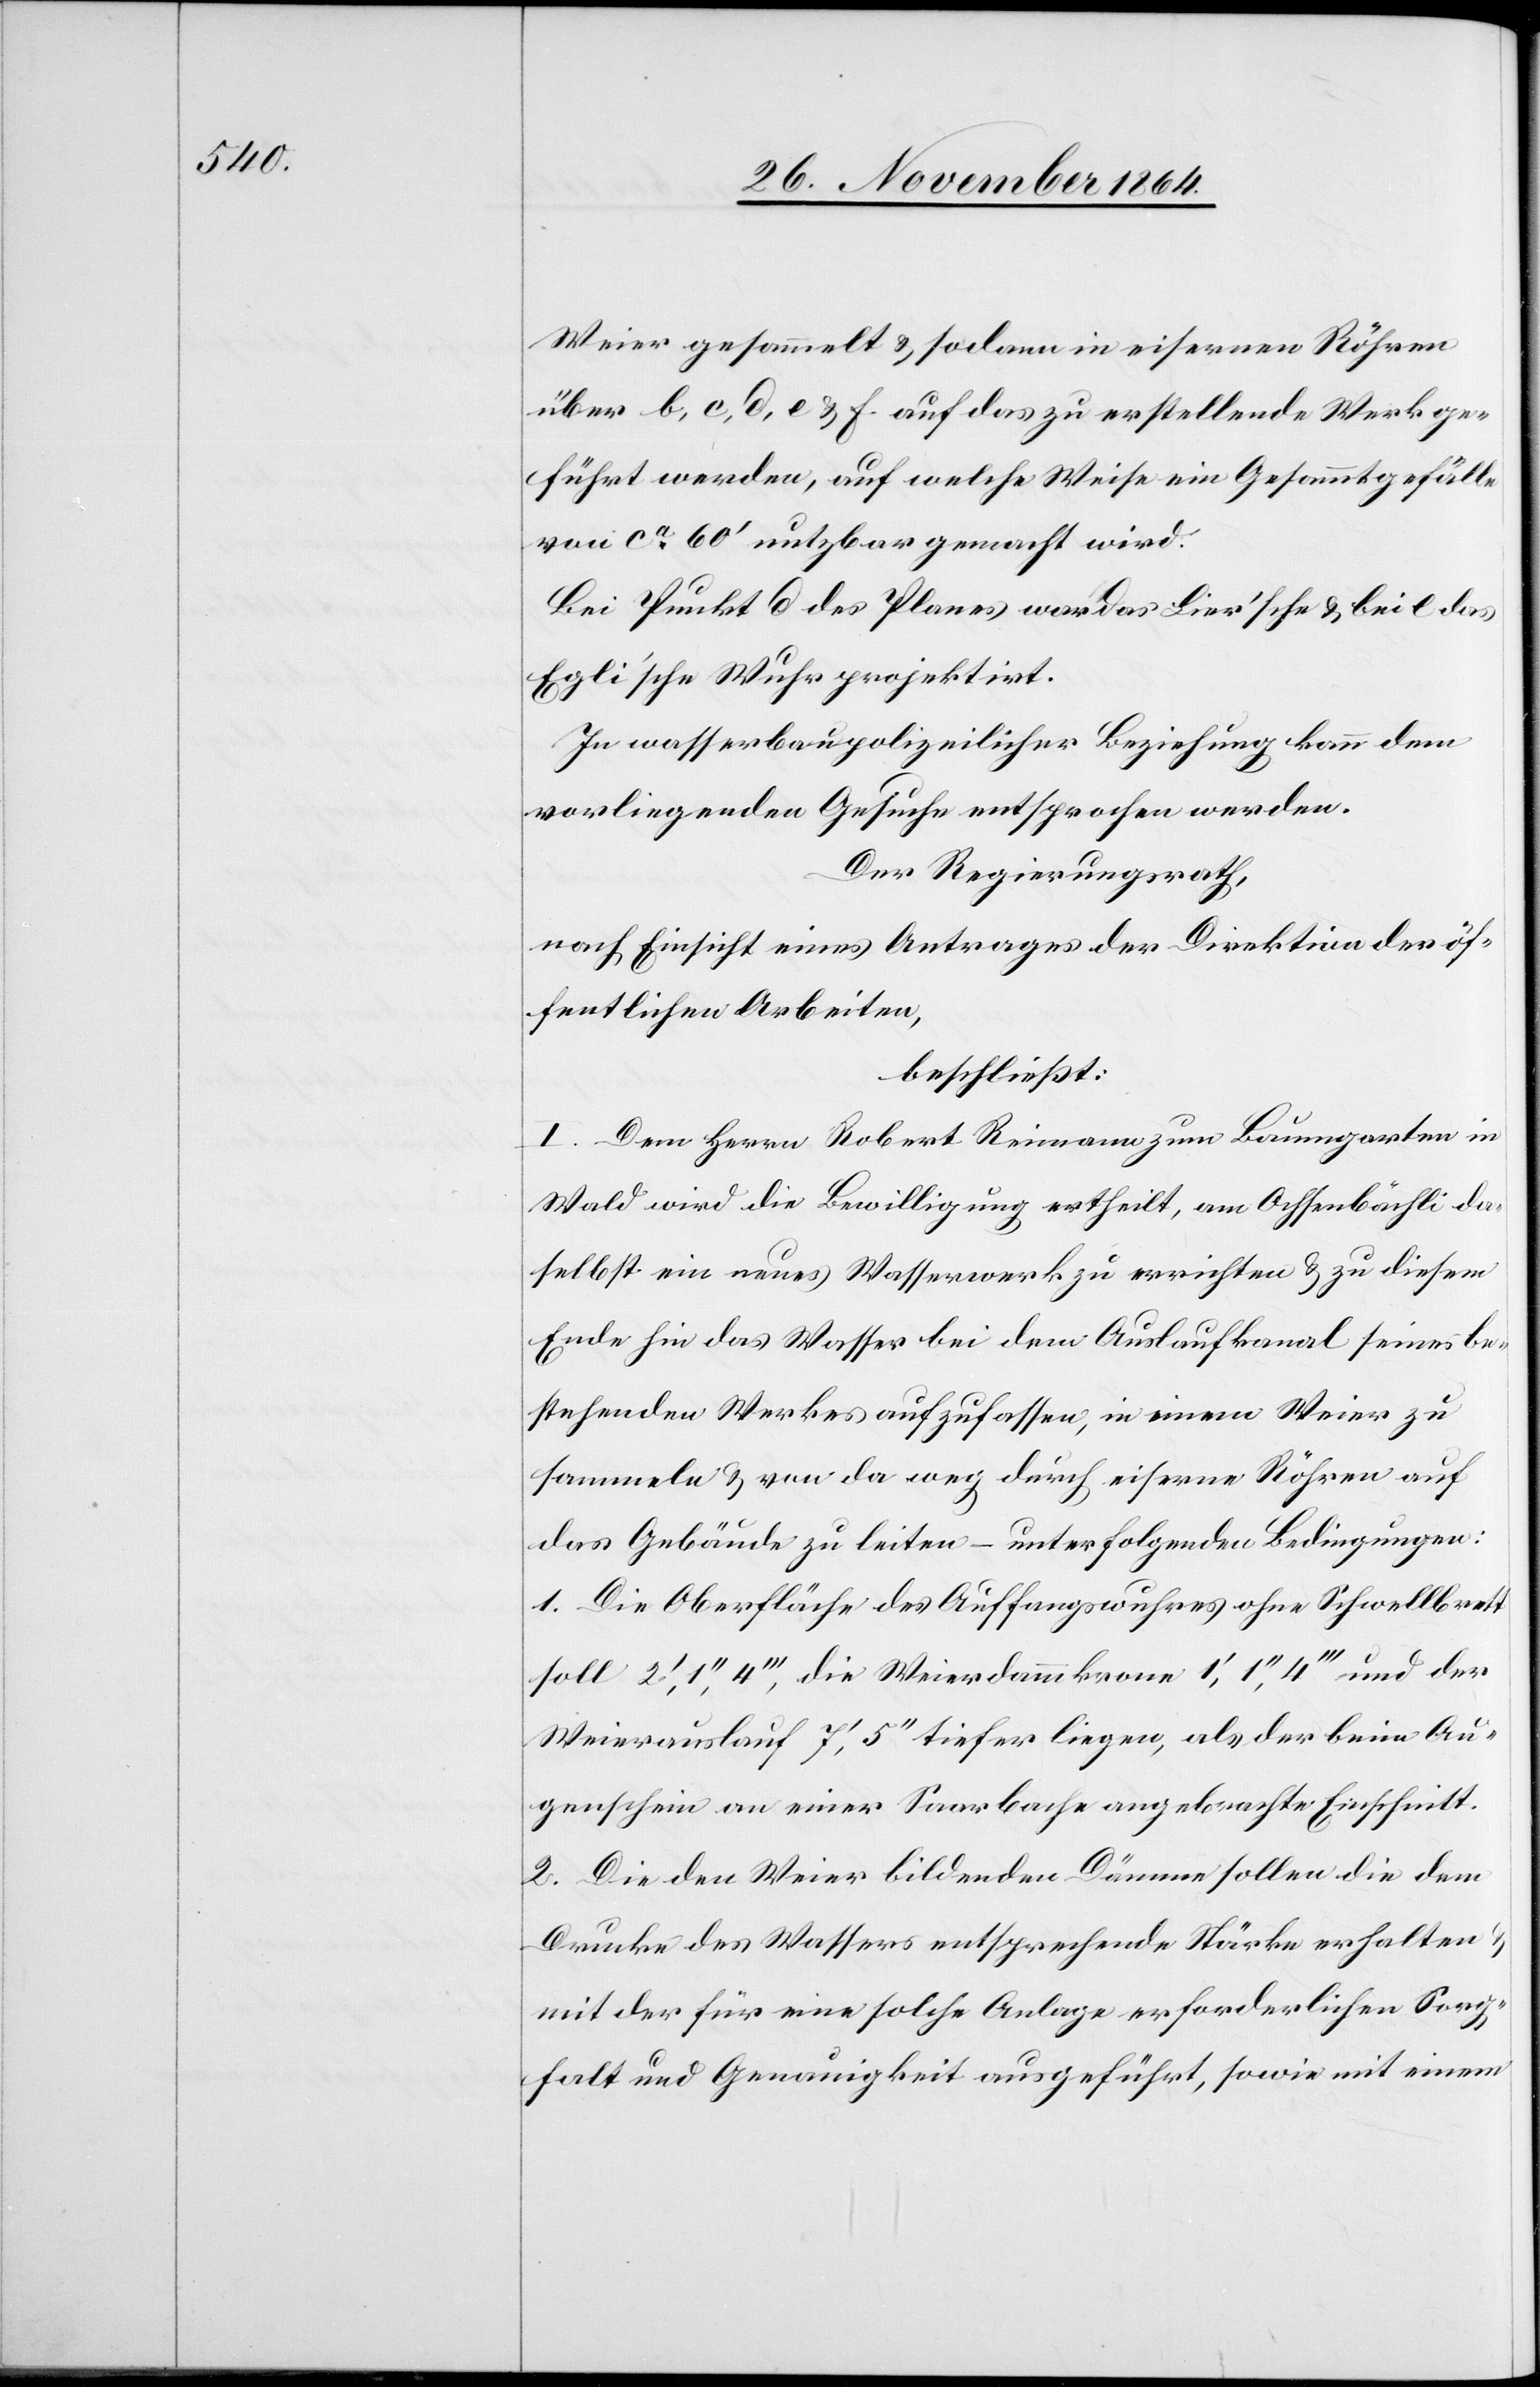
Weier gesammelt & sodann in eisernen Röhren
über b, c, d, e & f auf das zu erstellende Werk ge¬
führt werden, auf welche Weise eine Gesammtgefälle
von ca 60’ nutzbar gemacht wird.
Bei Punkt d des Planes war das Lier’sche & bei e das
Egli’sche Wuhr projektirt.
In wasserbaupolizeilicher Beziehung kann dem
vorliegenden Gesuche entsprochen werden.
Der Regierungsrat,
nach Einsicht eines Antrages der Direktion der öf¬
fentlichen Arbeiten,
beschließt:
I. Dem Herrn Robert Reimann zum Baumgarten in
Wald wird die Bewilligung ertheilt, am Ochsenbächli da¬
selbst ein neues Wasserwerk zu errichten & zu diesem
Ende hin das Wasser bei dem Auslaufkanal seines be¬
stehenden Werkes aufzufassen, in einem Weier zu
sammeln & von da weg durch eiserne Röhren auf
das Gebäude zu leiten – unter folgenden Bedingungen:
1. Die Oberfläche des Auffangswuhres ohne Schwellbrett
soll 2’, 1’’, 4’’’, die Weierdammkrone 1’, 1’’, 4’’’ und der
Weierauslauf 7’, 5’’ tiefer liegen, als der beim Au¬
genschein an einer Saarbache angebrachte Einschnitt.
2. Die den Weier bildenden Dämme sollen die dem
Drucke des Wassers entsprechende Stärke erhalten
mit der für eine solche Anlage erforderlichen Sorg¬
falt und Genauigkeit ausgeführt, sowie mit einem